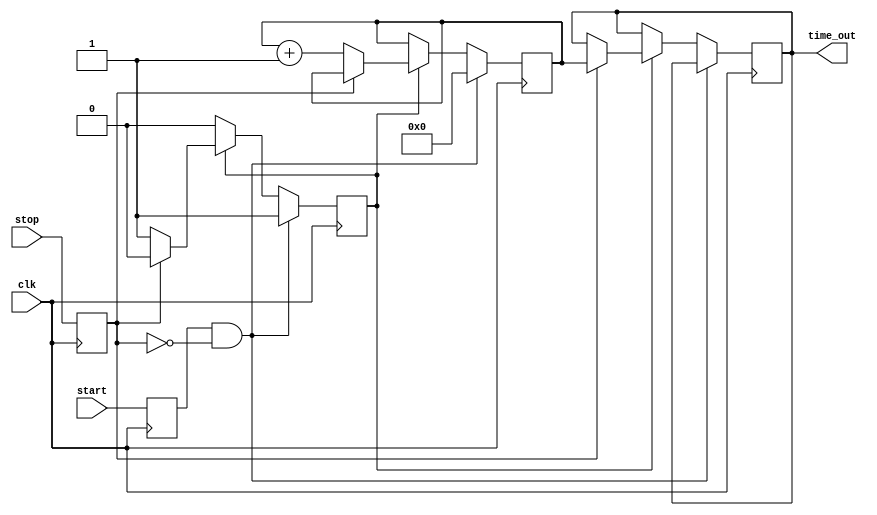
module TDC (
    input wire clk,            // High-frequency clock input
    input wire start,          // Start signal
    input wire stop,           // Stop signal
    output reg [N-1:0] time_out // Digital output representing time interval
);

parameter N = 10; // Number of bits for digital output (adjust as necessary)
parameter DELAY_COUNT = 10; // Number of delay stages for resolution

reg [N-1:0] counter;           // Counter to hold the time measurement
reg start_reg, stop_reg;       // Registered start and stop signals
reg measuring;                 // Flag to indicate measuring state
reg [DELAY_COUNT-1:0] delay_line; // Delay line for measuring time

// Clock generation (as part of the simulation, use a real clock in hardware)
always begin
    #5 clk = ~clk; // Generate a clock with a period of 10 time units
end

// Edge detection for start and stop signals
always @(posedge clk) begin
    start_reg <= start;
    stop_reg <= stop;
end

// Measuring state machine
always @(posedge clk) begin
    if (start_reg && !stop_reg) begin
        measuring <= 1'b1; // Start measuring
        counter <= 0;      // Reset counter
    end else if (measuring) begin
        if (stop_reg) begin
            measuring <= 1'b0; // Stop measuring
            time_out <= counter; // Output the measured time
        end else begin
            counter <= counter + 1; // Increment counter for each clock cycle
        end
    end
end

// Delay line to emulate time measurement resolution
always @(posedge clk) begin
    if (measuring) begin
        delay_line <= {delay_line[DELAY_COUNT-2:0], 1'b1}; // Shift the delay line
    end else begin
        delay_line <= 0; // Reset delay line when not measuring
    end
end

endmodule